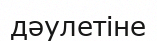
дәулетіне